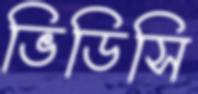
ভিডিসি